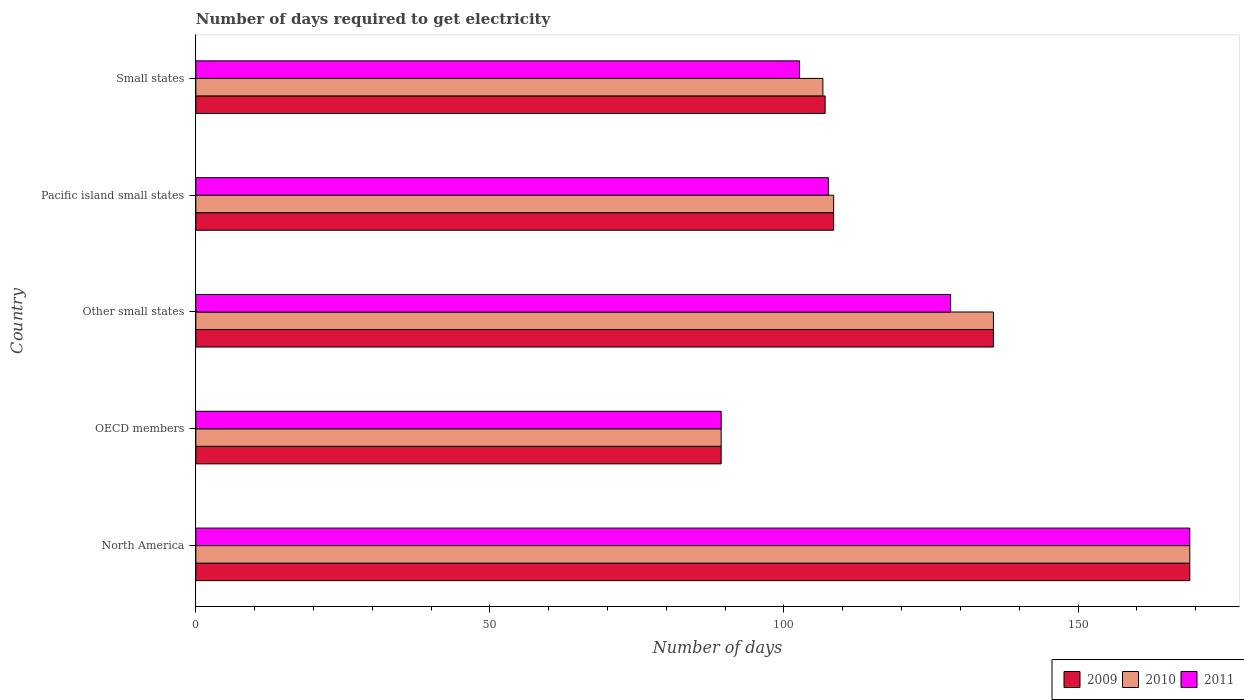
| Country | 2009 | 2010 | 2011 |
 | --- | --- | --- | --- |
 | North America | 169 | 169 | 169 |
 | OECD members | 89.3 | 89.3 | 89.3 |
 | Other small states | 136 | 136 | 128 |
 | Pacific island small states | 108 | 108 | 108 |
 | Small states | 107 | 107 | 103 |